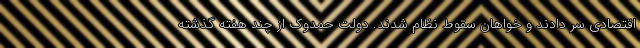
اقتصادی سر دادند و خواهان سقوط نظام شدند. دولت حمدوک از چند هفته گذشته